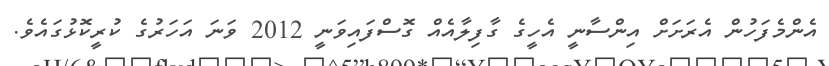
އެންމެފަހުން އެރަށަށް އިންސާނީ އެހީގެ ގާފިލާއެއް ގޮސްފައިވަނީ 2012 ވަނަ އަހަރުގެ ކުރީކޮޅުގައެވެ.